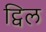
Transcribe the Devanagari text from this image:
ट्विल